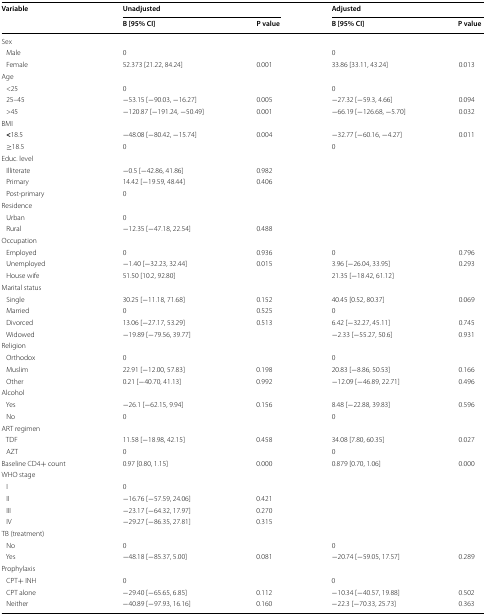
<table><thead><tr><td rowspan="2"><b>Variable</b></td><td colspan="2"><b>Unadjusted</b></td><td colspan="2"><b>Adjusted</b></td></tr><tr><td><b>B [95% CI]</b></td><td><b>P value</b></td><td><b>B [95% CI]</b></td><td><b>P value</b></td></tr></thead><tbody><tr><td colspan="5">Sex</td></tr><tr><td> Male</td><td>0</td><td></td><td>0</td><td></td></tr><tr><td> Female</td><td>52.373 [21.22, 84.24]</td><td>0.001</td><td>33.86 [33.11, 43.24]</td><td>0.013</td></tr><tr><td colspan="5">Age</td></tr><tr><td> &lt;25</td><td>0</td><td></td><td>0</td><td></td></tr><tr><td> 25–45</td><td>−53.15 [−90.03, −16.27]</td><td>0.005</td><td>−27.32 [−59.3, 4.66]</td><td>0.094</td></tr><tr><td> &gt;45</td><td>−120.87 [−191.24, −50.49]</td><td>0.001</td><td>−66.19 [−126.68, −5.70]</td><td>0.032</td></tr><tr><td colspan="5">BMI</td></tr><tr><td> <b>&lt;</b>18.5</td><td>−48.08 [−80.42, −15.74]</td><td>0.004</td><td>−32.77 [−60.16, −4.27]</td><td>0.011</td></tr><tr><td> ≥18.5</td><td>0</td><td></td><td>0</td><td></td></tr><tr><td colspan="5">Educ. level</td></tr><tr><td> Illiterate</td><td>−0.5 [−42.86, 41.86]</td><td>0.982</td><td></td><td></td></tr><tr><td> Primary</td><td>14.42 [−19.59, 48.44]</td><td>0.406</td><td></td><td></td></tr><tr><td> Post-primary</td><td>0</td><td></td><td></td><td></td></tr><tr><td colspan="5">Residence</td></tr><tr><td> Urban</td><td>0</td><td></td><td></td><td></td></tr><tr><td> Rural</td><td>−12.35 [−47.18, 22.54]</td><td>0.488</td><td></td><td></td></tr><tr><td colspan="5">Occupation</td></tr><tr><td> Employed</td><td>0</td><td>0.936</td><td>0</td><td>0.796</td></tr><tr><td> Unemployed</td><td>−1.40 [−32.23, 32.44]</td><td>0.015</td><td>3.96 [−26.04, 33.95]</td><td>0.293</td></tr><tr><td> House wife</td><td>51.50 [10.2, 92.80]</td><td></td><td>21.35 [−18.42, 61.12]</td><td></td></tr><tr><td colspan="5">Marital status</td></tr><tr><td> Single</td><td>30.25 [−11.18, 71.68]</td><td>0.152</td><td>40.45 [0.52, 80.37]</td><td>0.069</td></tr><tr><td> Married</td><td>0</td><td>0.525</td><td>0</td><td></td></tr><tr><td> Divorced</td><td>13.06 [−27.17, 53.29]</td><td>0.513</td><td>6.42 [−32.27, 45.11]</td><td>0.745</td></tr><tr><td> Widowed</td><td>−19.89 [−79.56, 39.77]</td><td></td><td>−2.33 [−55.27, 50.6]</td><td>0.931</td></tr><tr><td colspan="5">Religion</td></tr><tr><td> Orthodox</td><td>0</td><td></td><td>0</td><td></td></tr><tr><td> Muslim</td><td>22.91 [<i>−</i>12.00, 57.83]</td><td>0.198</td><td>20.83 [−8.86, 50.53]</td><td>0.166</td></tr><tr><td> Other</td><td>0.21 [<i>−</i>40.70, 41.13]</td><td>0.992</td><td>−12.09 [−46.89, 22.71]</td><td>0.496</td></tr><tr><td colspan="5">Alcohol</td></tr><tr><td> Yes</td><td><i>−</i>26.1 [<i>−</i>62.15, 9.94]</td><td>0.156</td><td>8.48 [−22.88, 39.83]</td><td>0.596</td></tr><tr><td> No</td><td>0</td><td></td><td>0</td><td></td></tr><tr><td colspan="5">ART regimen</td></tr><tr><td> TDF</td><td>11.58 [−18.98, 42.15]</td><td>0.458</td><td>34.08 [7.80, 60.35]</td><td rowspan="2">0.027</td></tr><tr><td> AZT</td><td>0</td><td></td><td>0</td></tr><tr><td>Baseline CD4+ count</td><td>0.97 [0.80, 1.15]</td><td>0.000</td><td>0.879 [0.70, 1.06]</td><td>0.000</td></tr><tr><td colspan="5">WHO stage</td></tr><tr><td> I</td><td>0</td><td></td><td></td><td></td></tr><tr><td> II</td><td>−16.76 [−57.59, 24.06]</td><td>0.421</td><td></td><td></td></tr><tr><td> III</td><td>−23.17 [−64.32, 17.97]</td><td>0.270</td><td></td><td></td></tr><tr><td> IV</td><td>−29.27 [−86.35, 27.81]</td><td>0.315</td><td></td><td></td></tr><tr><td colspan="5">TB (treatment)</td></tr><tr><td> No</td><td>0</td><td></td><td>0</td><td></td></tr><tr><td> Yes</td><td>−48.18 [−85.37, 5.00]</td><td>0.081</td><td>−20.74 [−59.05, 17.57]</td><td>0.289</td></tr><tr><td colspan="5">Prophylaxis</td></tr><tr><td> CPT+ INH</td><td>0</td><td></td><td>0</td><td></td></tr><tr><td> CPT alone</td><td>−29.40 [−65.65, 6.85]</td><td>0.112</td><td>−10.34 [−40.57, 19.88]</td><td>0.502</td></tr><tr><td> Neither</td><td>−40.89 [−97.93, 16.16]</td><td>0.160</td><td>−22.3 [−70.33, 25.73]</td><td>0.363</td></tr></tbody></table>